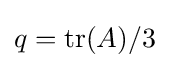
{\textstyle q={\rm {tr}}(A)/3}